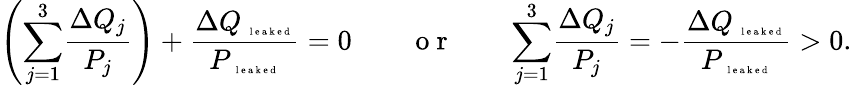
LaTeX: \left({\sum_{j=1}^{3}}\frac{\Delta Q_{j}}{P_{j}}\right)+\frac{\Delta Q_{\mathrm{~\tiny~l~e~a~k~e~d~}}}{P_{\mathrm{~\tiny~l~e~a~k~e~d~}}}=0\qquad\mathrm{~o~r~}\qquad{\sum_{j=1}^{3}}\frac{\Delta Q_{j}}{P_{j}}=-\frac{\Delta Q_{\mathrm{~\tiny~l~e~a~k~e~d~}}}{P_{\mathrm{~\tiny~l~e~a~k~e~d~}}}>0.